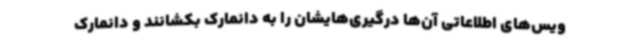
ویس‌های اطلاعاتی آن‌ها درگیری‌هایشان را به دانمارک بکشانند و دانمارک